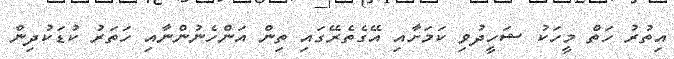
އިތުރު ހަތް މީހަކު ޝަހީދުވި ކަމަށާއި އޭގެތެރޭގައި ތިން އަންހެނުންނާއި ހަތަރު ކުޑަކުދިން